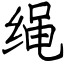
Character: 绳